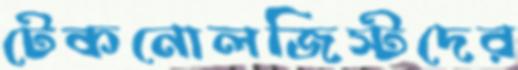
টেকনোলজিস্টদের